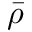
\bar { \rho }